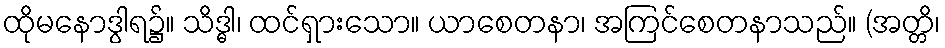
ထိုမနောဒွါရ၌။ သိဒ္ဓါ၊ ထင်ရှားသော။ ယာစေတနာ၊ အကြင်စေတနာသည်။ (အတ္တိ၊